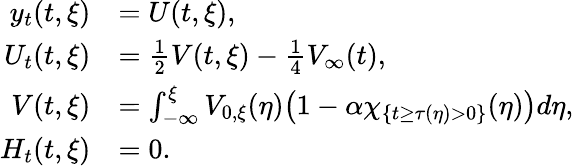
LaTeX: \begin{array}{rl}{y_{t}(t,\xi)}&{=U(t,\xi),}\\ {U_{t}(t,\xi)}&{=\frac{1}{2}V(t,\xi)-\frac{1}{4}V_{\infty}(t),}\\ {V(t,\xi)}&{=\int_{-\infty}^{\xi}V_{0,\xi}(\eta)\big(1-\alpha\chi_{\{ t\geq\tau(\eta)>0\} }(\eta)\big)d\eta,}\\ {H_{t}(t,\xi)}&{=0.}\end{array}